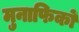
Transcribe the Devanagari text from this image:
मुनाफिकों